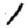
Digit: 1